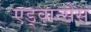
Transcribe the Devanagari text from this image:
एड्वान्सेस